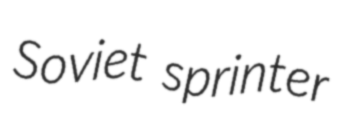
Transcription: Soviet sprinter